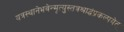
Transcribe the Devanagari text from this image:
यत्रस्थानेभवेन्मृत्युस्तत्रश्राद्धंप्रकल्पयेत्